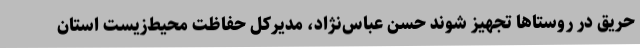
حریق در روستاها تجهیز شوند حسن عباس‌نژاد، مدیرکل حفاظت محیط‌زیست استان